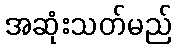
အဆုံးသတ်မည်